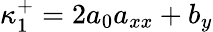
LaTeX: \kappa_{1}^{+}=2a_{0}a_{xx}+b_{y}